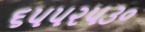
૬૫૫૨૫૩૦